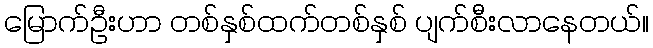
မြောက်ဦးဟာ တစ်နှစ်ထက်တစ်နှစ် ပျက်စီးလာနေတယ်။